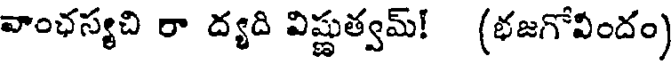
వాంఛస్యచి రా ద్యది విష్ణుత్వమ్! (భజగోవీందం)